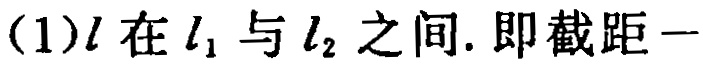
(1)$l$在$l_{1}$与$l_{2}$之间. 即截距一